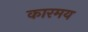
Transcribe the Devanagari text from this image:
कारमय